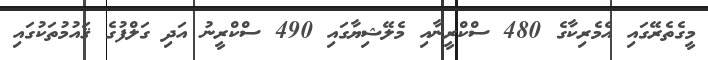
މީގެތެރޭގައި އެމެރިކާގެ 480 ސްކްރީނާއި މެލޭޝިޔާގައި 490 ސްކްރީނު އަދި ގަލްފުގެ ޤައުމުތަކުގައި